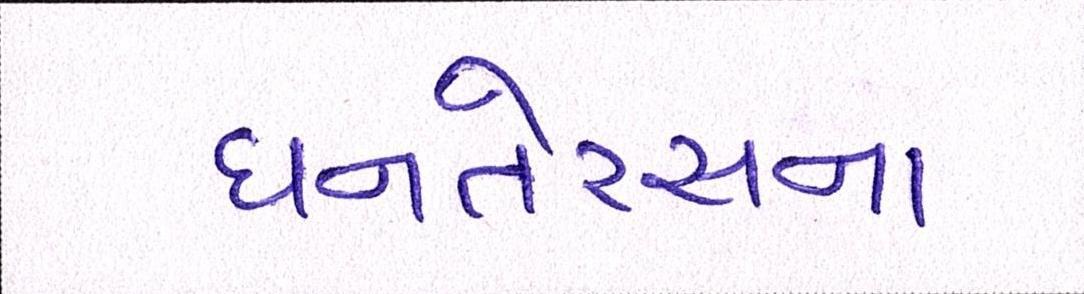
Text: ધનતેરસના